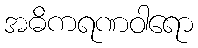
အဓိကရဏဝါရော